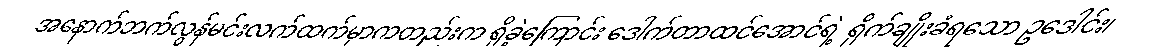
အနောက်ဘက်လွန်မင်းလက်ထက်မှာကတည်းက ရှိခဲ့ကြောင်း ဒေါက်တာထင်အောင်ရဲ့ ရိုက်ချိုးခံရသော ဥဒေါင်း၊